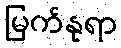
မြက်နုရာ